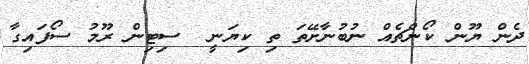
ދެން ޔޫން ކޯންޗެއް ނުބުނާށޭތަ ތި ކިޔަނީ  ސިޓިން ރޫމު ސޯފައިގާ